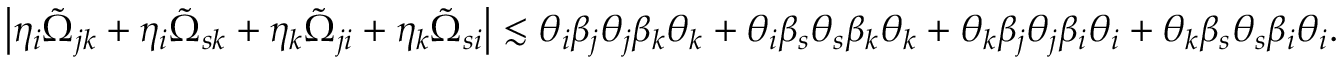
\begin{array} { r } { \big | \eta _ { i } \tilde { \Omega } _ { j k } + \eta _ { i } \tilde { \Omega } _ { s k } + \eta _ { k } \tilde { \Omega } _ { j i } + \eta _ { k } \tilde { \Omega } _ { s i } \big | \lesssim \theta _ { i } \beta _ { j } \theta _ { j } \beta _ { k } \theta _ { k } + \theta _ { i } \beta _ { s } \theta _ { s } \beta _ { k } \theta _ { k } + \theta _ { k } \beta _ { j } \theta _ { j } \beta _ { i } \theta _ { i } + \theta _ { k } \beta _ { s } \theta _ { s } \beta _ { i } \theta _ { i } . } \end{array}